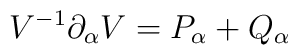
V^{-1}\partial _{\alpha }V=P_{\alpha }+Q_{\alpha }